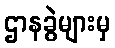
ဌာနခွဲများမှ